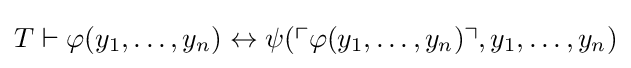
T\vdash \varphi (y_{1},\dots ,y_{n})\leftrightarrow \psi (\ulcorner \varphi (y_{1},\dots ,y_{n})\urcorner ,y_{1},\dots ,y_{n})